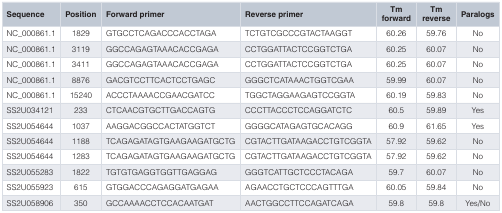
| Sequence | Position | Forward primer | Reverse primer | Tmforward | Tmreverse | Paralogs |
 | --- | --- | --- | --- | --- | --- | --- |
 | NC_000861.1 | 1829 | GTGCCTCAGACCCACCTAGA | TCTGTCGCCCGTACTAAGGT | 60.26 | 59.76 | No |
 | NC_000861.1 | 3119 | GGCCAGAGTAAACACCGAGA | CCTGGATTACTCCGGTCTGA | 60.25 | 60.07 | No |
 | NC_000861.1 | 3411 | GGCCAGAGTAAACACCGAGA | CCTGGATTACTCCGGTCTGA | 60.25 | 60.07 | No |
 | NC_000861.1 | 8876 | GACGTCCTTCACTCCTGAGC | GGGCTCATAAACTGGTCGAA | 59.99 | 60.07 | No |
 | NC_000861.1 | 15240 | ACCCTAAAACCGAACGATCC | TGGCTAGGAAGAGTCCGGTA | 60.19 | 59.83 | No |
 | SS2U034121 | 233 | CTCAACGTGCTTGACCAGTG | CCCTTACCCTCCAGGATCTC | 60.5 | 59.89 | Yes |
 | SS2U054644 | 1037 | AAGGACGGCCACTATGGTCT | GGGGCATAGAGTGCACAGG | 60.9 | 61.65 | Yes |
 | SS2U054644 | 1188 | TCAGAGATAGTGAAGAAGATGCTG | CGTACTTGATAAGACCTGTCGGTA | 57.92 | 59.62 | No |
 | SS2U054644 | 1283 | TCAGAGATAGTGAAGAAGATGCTG | CGTACTTGATAAGACCTGTCGGTA | 57.92 | 59.62 | No |
 | SS2U055283 | 1822 | TGTGTGAGGTGGTTGAGGAG | GGGTCATTGCTCCCTACAGA | 59.7 | 60.07 | No |
 | SS2U055923 | 615 | GTGGACCCAGAGGATGAGAA | AGAACCTGCTCCCAGTTTGA | 60.05 | 59.84 | No |
 | SS2U058906 | 350 | GCCAAAACCTCCACAATGAT | AACTGGCCTTCCAGATCAGA | 59.8 | 59.8 | Yes/No |